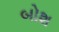
બોશ